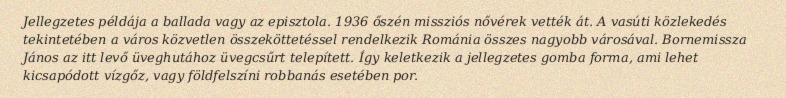
Jellegzetes példája a ballada vagy az episztola. 1936 őszén missziós nővérek vették át. A vasúti közlekedés tekintetében a város közvetlen összeköttetéssel rendelkezik Románia összes nagyobb városával. Bornemissza János az itt levő üveghutához üvegcsűrt telepített. Így keletkezik a jellegzetes gomba forma, ami lehet kicsapódott vízgőz, vagy földfelszíni robbanás esetében por.